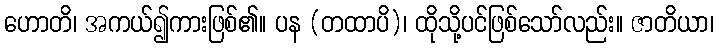
ဟောတိ၊ အကယ်၍ကားဖြစ်၏။ ပန (တထာပိ)၊ ထိုသို့ပင်ဖြစ်သော်လည်း။ ဇာတိယာ၊